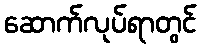
ဆောက်လုပ်ရာတွင်